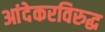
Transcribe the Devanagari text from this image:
आंदेकरविरुद्ध